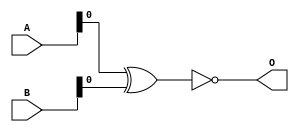
module equals(A, B, O);
  input [63:0]A;
  input [63:0]B;
  output O;

  xnor #72 g1(O,A,B);

endmodule